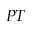
{ P T }